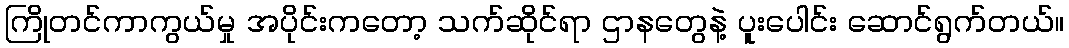
ကြိုတင်ကာကွယ်မှု အပိုင်းကတော့ သက်ဆိုင်ရာ ဌာနတွေနဲ့ ပူးပေါင်း ဆောင်ရွက်တယ်။